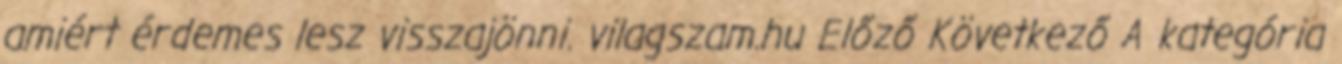
amiért érdemes lesz visszajönni. vilagszam.hu Előző Következő A kategória